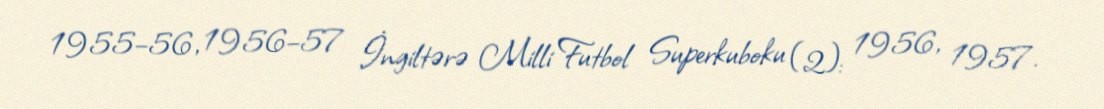
1955–56, 1956–57 İngiltərə Milli Futbol Superkuboku (2): 1956, 1957.